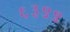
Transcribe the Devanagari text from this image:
६३९९